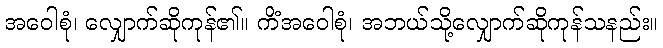
အဝေါစုံ၊ လျှောက်ဆိုကုန်၏။ ကိံအဝေါစုံ၊ အဘယ်သို့လျှောက်ဆိုကုန်သနည်း။